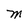
Character: M